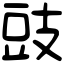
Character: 豉